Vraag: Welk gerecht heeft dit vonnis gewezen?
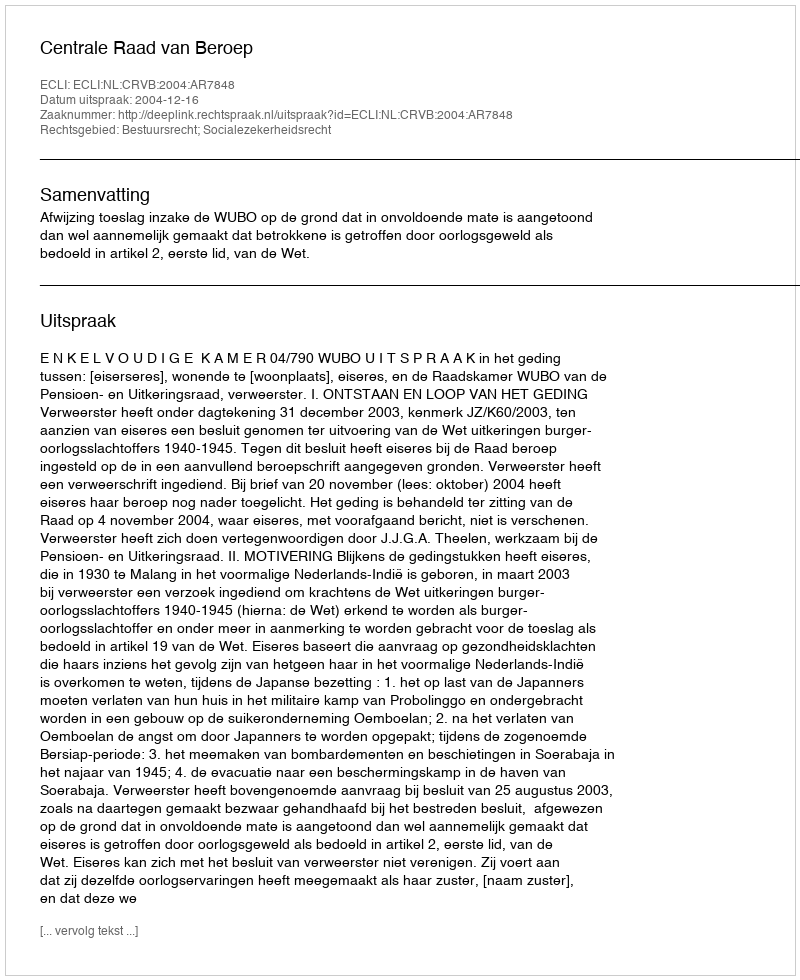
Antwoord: Centrale Raad van Beroep